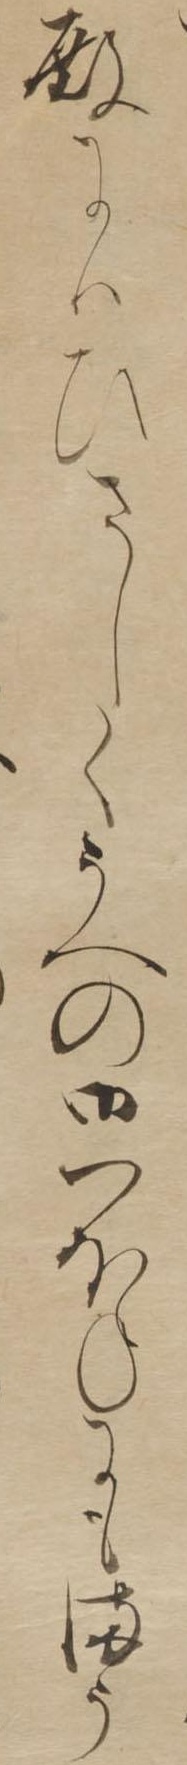
殿にはひさしくうへの御つほねにもまう